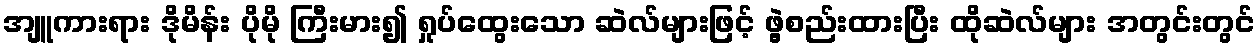
အျူကားရား ဒိုမိန်း ပိုမို ကြီးမား၍ ရှုပ်ထွေးသော ဆဲလ်များဖြင့် ဖွဲ့စည်းထားပြီး ထိုဆဲလ်များ အတွင်းတွင်